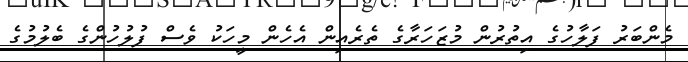
މެންބަރު ފަލާހުގެ އިތުރުން މުޒަހަރާގެ ތެރެއިން އެހެން މީހަކު ވެސް ފުލުހުންގެ ބެލުމުގެ